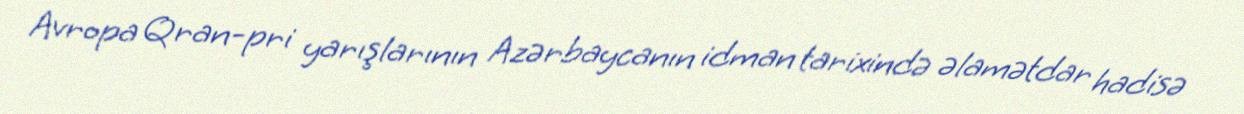
Avropa Qran-pri yarışlarının Azərbaycanın idman tarixində əlamətdar hadisə